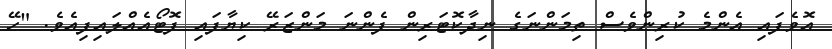
އޮވެފައި އެންމެ ކުރިންވެސް ތިމަންނަގެ ނިދާކޮޓަރިން ފެންނަ މަންޒަރޭ ކިޔާފައި ފޮޓޯއެއްލައިފިއެވެ. "ހޭ